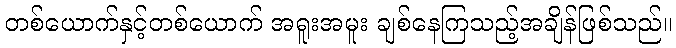
တစ်ယောက်နှင့်တစ်ယောက် အရူးအမူး ချစ်နေကြသည့်အချိန်ဖြစ်သည်။